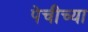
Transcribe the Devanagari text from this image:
पेचीच्या